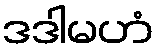
ဒဒါမဟံ